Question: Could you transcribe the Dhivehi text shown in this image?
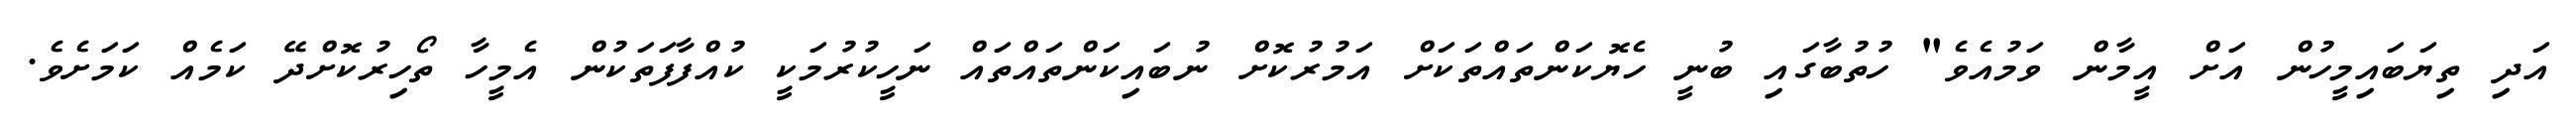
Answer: އަދި ތިޔަބައިމީހުން އަށް އީމާން ވަމުއެވެ" ހުތުބާގައި ބުނީ ހެޔޮކަންތައްތަކަށް އަމުރުކޮށް ނުބައިކަންތައްތައް ނަހީކުރުމަކީ ކުއްފާފަތަކުން އެމީހާ ތޯހިރުކޮށްދޭ ކަމެއް ކަމަށެވެ.